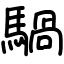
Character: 騧